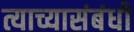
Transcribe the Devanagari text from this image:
त्याच्यासंबंधी